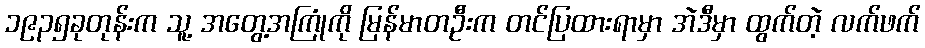
၁၉၃၅ခုတုန်းက သူ့ အတွေ့အကြုံကို မြန်မာတဦးက တင်ပြထားရာမှာ အဲဒီမှာ ထွက်တဲ့ လက်ဖက်